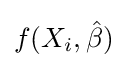
f(X_{i},{\hat {\beta }})